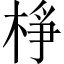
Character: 棦